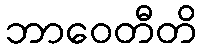
ဘာဝေတီတိ